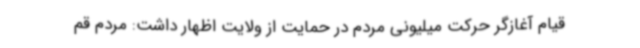
قیام آغازگر حرکت میلیونی مردم در حمایت از ولایت اظهار داشت: مردم قم